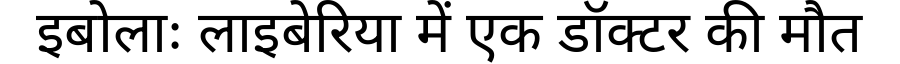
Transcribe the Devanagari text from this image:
इबोलाः लाइबेरिया में एक डॉक्टर की मौत